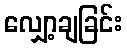
လျှော့ချခြင်း